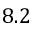
8 . 2